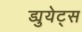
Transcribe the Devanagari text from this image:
ड्युयेट्स